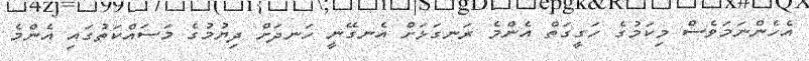
އެހެންނަމަވެސް މިކަމުގެ ހަގީގަތް އެންމެ ރަނގަޅަށް އެނގޭނީ ހަނދަށް ދިޔުމުގެ މަސައްކަތުގައި އެންމެ